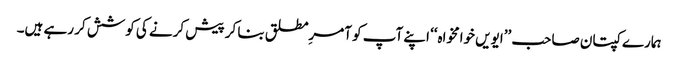
ہمارے کپتان صاحب ’’ایویں خوامخواہ‘‘ اپنے آپ کو آمرِمطلق بنا کر پیش کرنے کی کوشش کر رہے ہیں۔